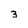
Character: 3